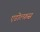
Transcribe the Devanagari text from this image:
एडोल्फ़स